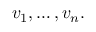
v _ { 1 } , \ldots , v _ { n } .